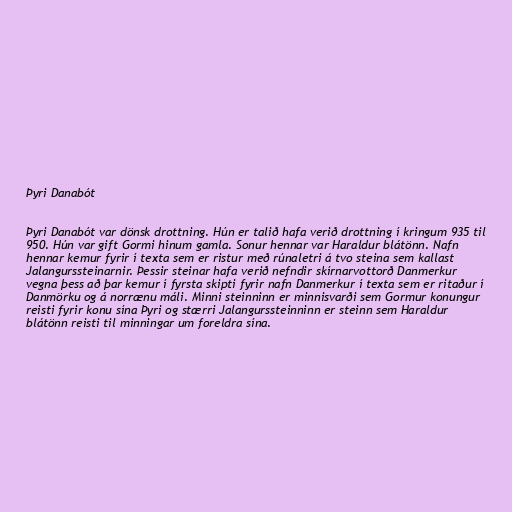
Þyri Danabót

Þyri Danabót var dönsk drottning. Hún er talið hafa verið drottning í kringum 935 til
950. Hún var gift Gormi hinum gamla. Sonur hennar var Haraldur blátönn. Nafn
hennar kemur fyrir í texta sem er ristur með rúnaletri á tvo steina sem kallast
Jalangurssteinarnir. Þessir steinar hafa verið nefndir skírnarvottorð Danmerkur
vegna þess að þar kemur í fyrsta skipti fyrir nafn Danmerkur í texta sem er ritaður í
Danmörku og á norrænu máli. Minni steinninn er minnisvarði sem Gormur konungur
reisti fyrir konu sína Þyri og stærri Jalangurssteinninn er steinn sem Haraldur
blátönn reisti til minningar um foreldra sína.